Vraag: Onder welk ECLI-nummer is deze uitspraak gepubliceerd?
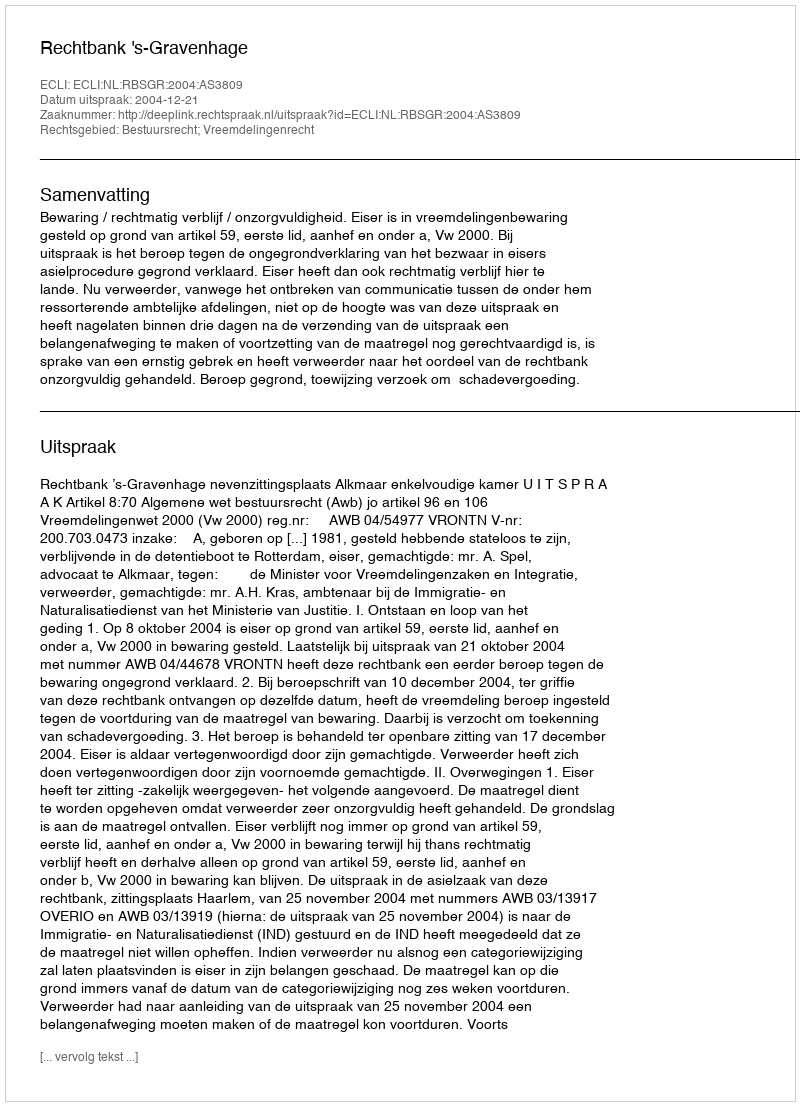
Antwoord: ECLI:NL:RBSGR:2004:AS3809